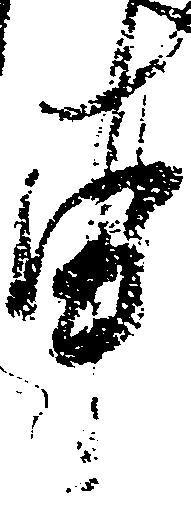
申